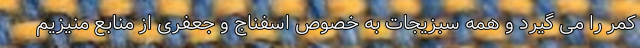
کمر را می گیرد و همه سبزیجات به خصوص اسفناج و جعفری از منابع منیزیم